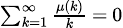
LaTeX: \scriptstyle\sum_{k=1}^{\infty}{\frac{\mu(k)}{k}}\, =\, 0